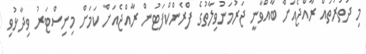
މި ދަތުރުތައް ރާއްޖެއަށް ބާއްވާނީ ޖަރުމަނުވިލާތުގެ ފްރެންކްފަޓުން ރާއްޖެއަށް ކަމަށް މިނިސްޓަރު ވިދާޅުވި